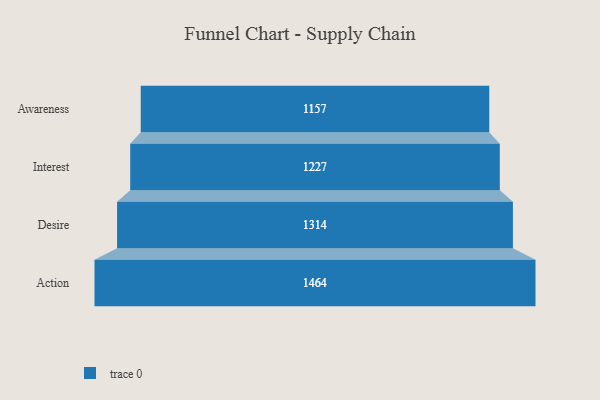
{"axis": {"x": "Stage", "y": "Value"}, "legend": [""], "data": [{"x": "Awareness", "y": 1157.0, "type": ""}, {"x": "Interest", "y": 1227.0, "type": ""}, {"x": "Desire", "y": 1314.0, "type": ""}, {"x": "Action", "y": 1464.0, "type": ""}]}